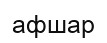
афшар